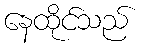
နေထိုင်သည်